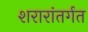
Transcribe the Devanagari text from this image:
शरारांतर्गत